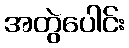
အတွဲပေါင်း